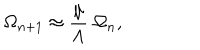
\Omega _ { n + 1 } \approx { \frac { \mu } { \Lambda } } \; \Omega _ { n } ,